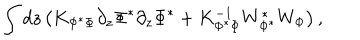
LaTeX: \int d z \left( K _ { \Phi ^ { * } \Phi } \partial _ { z } \Phi ^ { * } \partial _ { z } \Phi ^ { * } + K _ { \Phi ^ { * } \Phi } ^ { - 1 } W _ { \Phi ^ { * } } ^ { * } W _ { \Phi } \right) ,